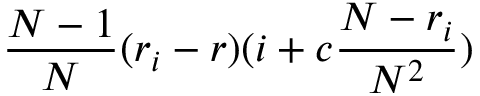
\frac { N - 1 } { N } ( r _ { i } - r ) ( i + c \frac { N - r _ { i } } { N ^ { 2 } } )